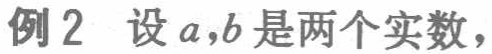
例2 设 \(a,b\) 是两个实数，